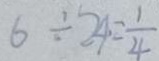
6 \div 2 4 = \frac { 1 } { 4 }